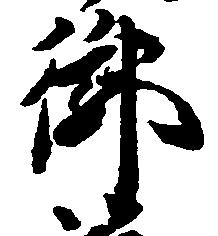
御